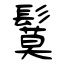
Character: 鬕